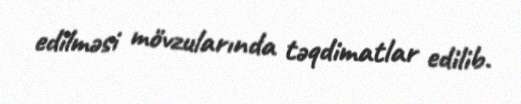
edilməsi mövzularında təqdimatlar edilib.